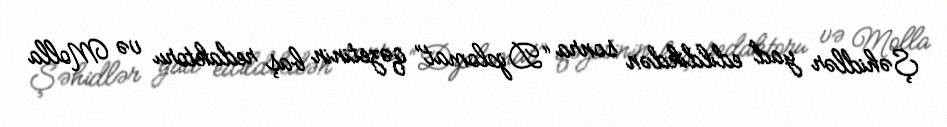
Şəhidlər yad edildikdən sonra “Diplomat” qəzetinin baş redaktoru və Molla